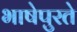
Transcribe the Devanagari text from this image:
भाषेपुरते